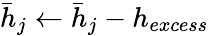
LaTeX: \bar{h}_{j}\leftarrow\bar{h}_{j}-h_{excess}